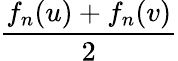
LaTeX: \frac{f_{n}(u)+f_{n}(v)}{2}